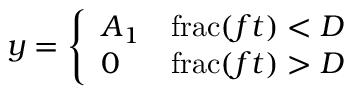
y = { \left\{ \begin{array} { l l } { A _ { 1 } } & { \operatorname { f r a c } ( f t ) < D } \\ { 0 } & { \operatorname { f r a c } ( f t ) > D } \end{array} \right. }